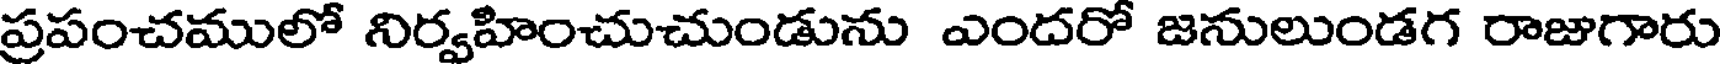
ప్రపంచములో నిర్వహించుచుండును ఎందరో జనులుండగ రాజుగారు